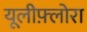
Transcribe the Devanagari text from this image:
यूलीफ़्लोरा